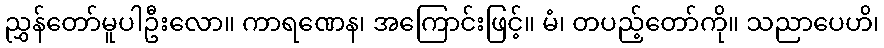
ညွှန်တော်မူပါဦးလော။ ကာရဏေန၊ အကြောင်းဖြင့်။ မံ၊ တပည့်တော်ကို။ သညာပေဟိ၊